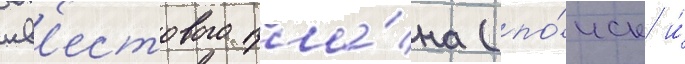
кв'естового пла́на (по́иск и́